Vaccination in the Punjab 1883-1896 - 1883-1896
Year: 1883
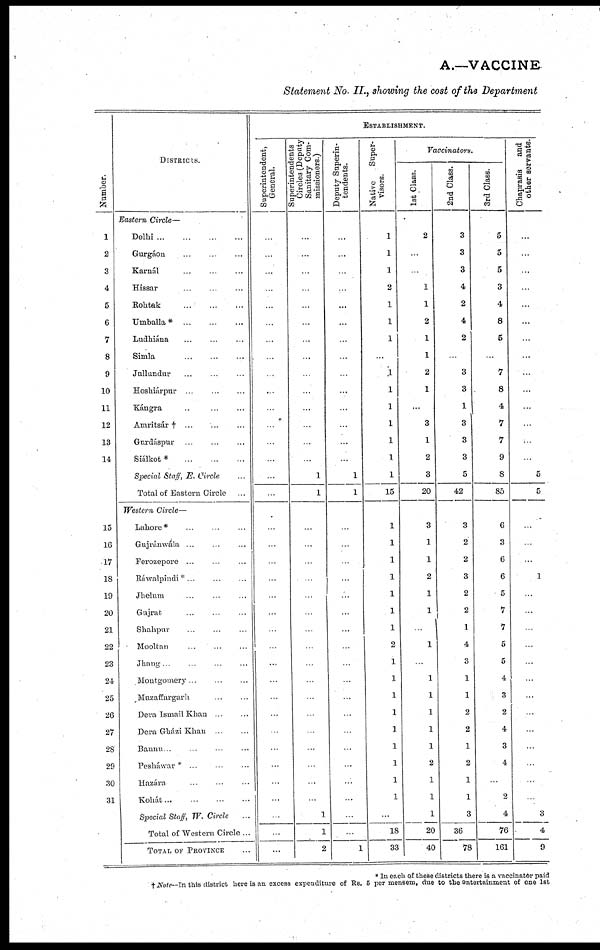
A.—VACCINE
Statement No. II., showing the cost of the Department
Number.
1
2
3
4
5
6
7
8
9
10
11
12
13
14
15
16
17
18
19
20
21
22
23
24
25
26
27
28
29
30
31
DISTRICTS.
Eastern Circle—
Delhi
...
...
...
...
Gurgáon ... ... ...
Karnál ... ... ...
Hissar
...
...
...
Rohtak
...
...
...
Umballa * ... ... ...
Ludhiána ... ... ...
Simla ... ... ...
Jullundur ... ... ...
Hoshiárpur ... ... ...
Kángra ... ... ...
Amritsár † ... ... ...
Gurdáspur ... ... ...
Siálkot*
...
...
...
Special Staff, E. Circle ...
Total of Eastern Circle ...
Western Circle—
Lahore * ... ... ...
Gujránwála ... ... ...
Ferozepore ... ... ...
Ráwalpindi * ... ... ...
Jhelum ... ... ...
Gujrat
...
...
...
Shahpur ... ... ...
Mooltan ... ... ...
Jhang ... ... ...
Montgomery ... ... ...
Muzaffargarh
...
...
Dera Ismail Khan ... ...
Dera Gházi Khan ... ...
Bannu ... ... ... ...
Pesháwar *
...
...
...
Hazára ... ... ...
Kohát
...
...
...
...
Special Staff, W. Circle ...
Total of Western Circle ...
TOTAL OF PROVINCE ...
ESTABLISHMENT.
Superintendent,
General.
...
...
...
...
...
...
...
...
...
...
...
...
...
...
...
...
...
...
...
...
...
...
...
...
...
...
...
...
...
...
...
...
...
...
...
...
Superintendents
Circles (Deputy
Sanitary Com-
missioners.)
...
...
...
...
...
...
...
...
...
...
...
...
...
...
1
1
...
...
...
...
...
...
...
...
...
...
...
...
...
...
...
...
...
1
1
2
Deputy Superin-
tendents.
...
...
...
...
...
...
...
...
...
...
...
...
...
...
1
1
...
...
...
...
...
...
...
...
...
...
...
...
...
...
...
...
...
...
...
1
Native . Super-
visors.
1
1
1
2
1
1
1
...
1
1
1
1
1
1
1
15
1
1
1
1
1
1
1
2
1
1
1
1
1
1
1
1
1
...
18
33
Vaccinators.
1st Class.
2
...
...
1
1
2
1
1
2
1
...
3
1
2
3
20
3
1
1
2
1
1
...
1
...
1
1
1
1
1
2
1
1
1
20
40
2nd Class.
3
3
3
4
2
4
2
...
3
3
1
3
3
3
5
42
3
2
2
3
2
2
1
4
3
1
1
2
2
1
2
1
1
3
36
78
3rd Class.
5
5
5
3
4
8
5
...
7
8
4
7
7
9
8
85
6
3
6
6
5
7
7
5
5
4
3
2
4
3
4
...
2
4
76
161
Chaprasis
and
other servants.
...
...
...
...
...
...
...
...
...
...
...
...
...
...
5
5
...
...
...
1
...
...
...
...
...
...
...
...
...
...
...
...
...
3
4
9
* In each of these districts there is a vaccinator paid
† Note—In this district here is an excess expenditure of Rs. 5 per mensem, due to the entertainment of one 1st